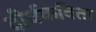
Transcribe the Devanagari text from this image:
दीर्घकविता